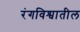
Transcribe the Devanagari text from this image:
रंगविश्वातील